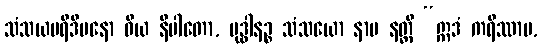
သံသယပရိဒီပနော ဝိယ နိပါတော, ဗုဒ္ဓါနဉ္စ သံသယော နာမ နတ္ထိ “ဣဒံ ကရိဿာမ,